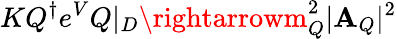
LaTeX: KQ^{\dagger}e^{V}Q|_{D}\rightarrowm_{Q}^{2}|\mathbf{A}_{Q}|^{2}